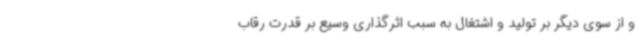
و از سوی دیگر بر تولید و اشتغال به سبب اثرگذاری وسیع بر قدرت رقاب